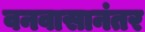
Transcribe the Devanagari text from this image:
वनवासानंतर